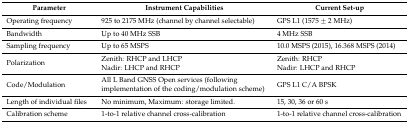
<table><thead><tr><td><b>Parameter</b></td><td><b>Instrument Capabilities</b></td><td><b>Current Set-up</b></td></tr></thead><tbody><tr><td>Operating frequency</td><td>925 to 2175 MHz (channel by channel selectable)</td><td>GPS L1 (1575 ± 2 MHz)</td></tr><tr><td>Bandwidth</td><td>Up to 40 MHz SSB</td><td>4 MHz SSB</td></tr><tr><td>Sampling frequency</td><td>Up to 65 MSPS</td><td>10.0 MSPS (2015), 16.368 MSPS (2014)</td></tr><tr><td>Polarization</td><td>Zenith: RHCP and LHCP Nadir: LHCP and RHCP</td><td>Zenith: RHCP Nadir: LHCP and RHCP</td></tr><tr><td>Code/Modulation</td><td>All L Band GNSS Open services (following implementation of the coding/modulation scheme)</td><td>GPS L1 C/A BPSK</td></tr><tr><td>Length of individual files</td><td>No minimum, Maximum: storage limited.</td><td>15, 30, 36 or 60 s</td></tr><tr><td>Calibration scheme</td><td>1-to-1 relative channel cross-calibration</td><td>1-to-1 relative channel cross-calibration</td></tr></tbody></table>